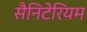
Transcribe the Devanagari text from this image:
सैनिटेरियम